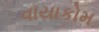
વાયાકોમ